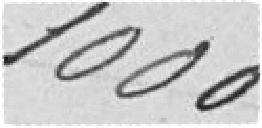
1 000